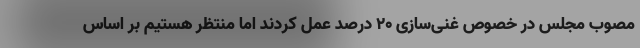
مصوب مجلس در خصوص غنی‌سازی ۲۰ درصد عمل کردند اما منتظر هستیم بر اساس